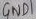
Text: GND1